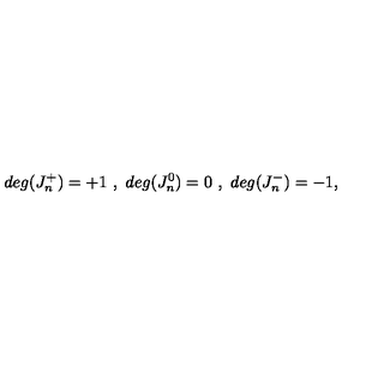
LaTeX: d e g ( J _ { n } ^ { + } ) = + 1 \ , \ d e g ( J _ { n } ^ { 0 } ) = 0 \ , \ d e g ( J _ { n } ^ { - } ) = - 1 ,